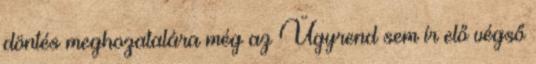
döntés meghozatalára még az Ügyrend sem ír elő végső